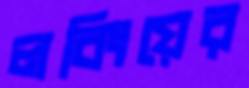
লবিংয়ের